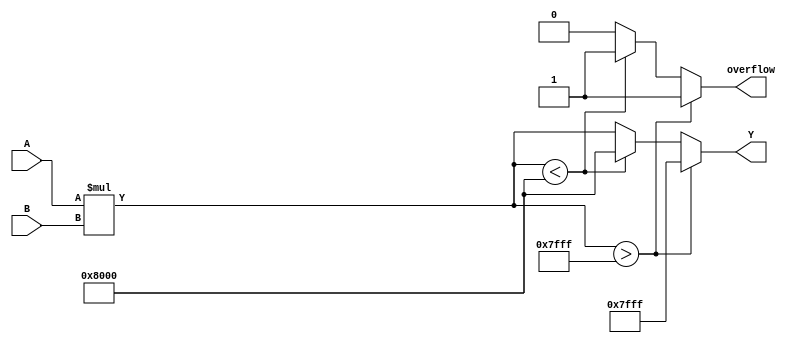
module ParameterizedMultiplier #(
    parameter WIDTH_A = 8,  // Width of input A
    parameter WIDTH_B = 8   // Width of input B
)(
    input  signed [WIDTH_A-1:0] A,  // Input operand A
    input  signed [WIDTH_B-1:0] B,  // Input operand B
    output reg signed [WIDTH_A + WIDTH_B - 1:0] Y,  // Output product
    output reg overflow  // Overflow flag
);

    // Internal signal for product
    wire signed [WIDTH_A + WIDTH_B - 1:0] product;

    // Perform multiplication
    assign product = A * B;

    // Behavioral modeling for output and overflow handling
    always @(*) begin
        // Check for overflow condition
        if (product > {1'b0, {WIDTH_A + WIDTH_B - 1{1'b1}}}) begin
            Y = {1'b0, {WIDTH_A + WIDTH_B - 1{1'b1}}}; // Saturate to max value
            overflow = 1'b1; // Set overflow flag
        end else if (product < {1'b1, {WIDTH_A + WIDTH_B - 1{1'b0}}}) begin
            Y = {1'b1, {WIDTH_A + WIDTH_B - 1{1'b0}}}; // Saturate to min value
            overflow = 1'b1; // Set overflow flag
        end else begin
            Y = product; // No overflow, assign product
            overflow = 1'b0; // Clear overflow flag
        end
    end

endmodule